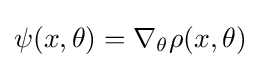
\psi (x,\theta )=\nabla _{\theta }\rho (x,\theta )